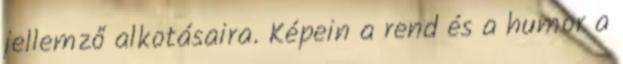
jellemző alkotásaira. Képein a rend és a humor a